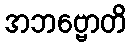
အဘဗ္ဗောတိ